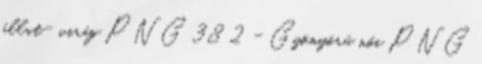
állat- virág PNG 38 2 - Gyönyörű női PNG